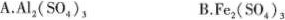
A.Al_{2}(SO_{4})_{3} B.Fe_{2}(SO_{4})_{3}